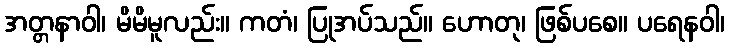
အတ္တနာဝါ၊ မိမိမူလည်း။ ကတံ၊ ပြုအပ်သည်။ ဟောတု၊ ဖြစ်ပစေ။ ပရေနဝါ၊